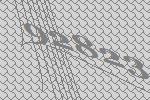
92823